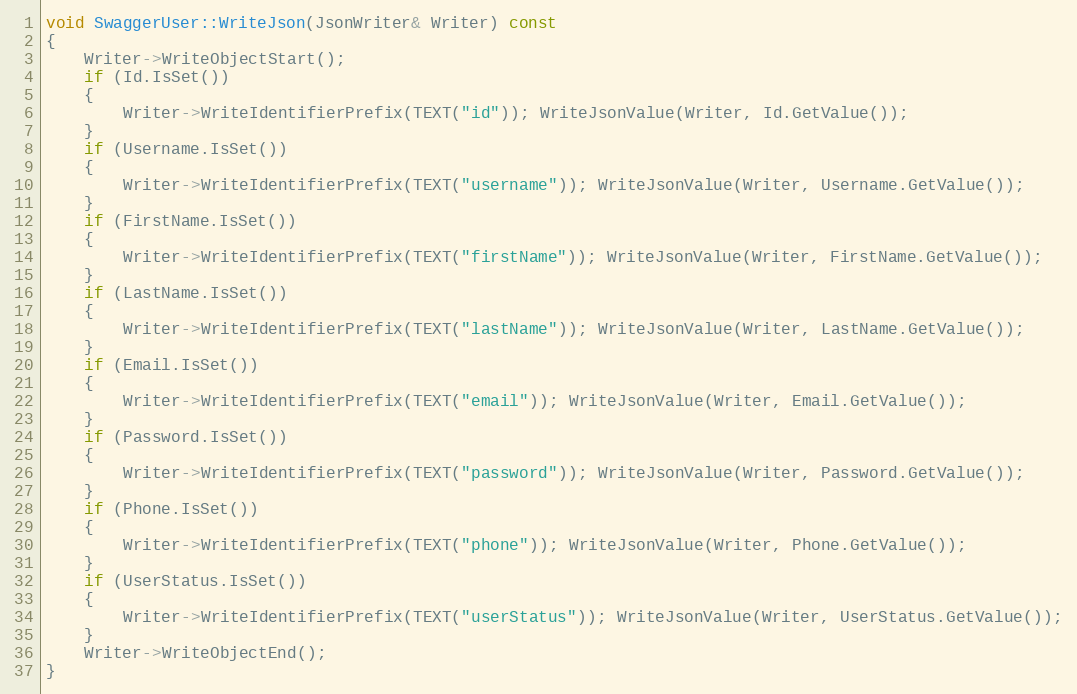
Language: C++
void SwaggerUser::WriteJson(JsonWriter& Writer) const
{
	Writer->WriteObjectStart();
	if (Id.IsSet())
	{
		Writer->WriteIdentifierPrefix(TEXT("id")); WriteJsonValue(Writer, Id.GetValue());
	}
	if (Username.IsSet())
	{
		Writer->WriteIdentifierPrefix(TEXT("username")); WriteJsonValue(Writer, Username.GetValue());
	}
	if (FirstName.IsSet())
	{
		Writer->WriteIdentifierPrefix(TEXT("firstName")); WriteJsonValue(Writer, FirstName.GetValue());
	}
	if (LastName.IsSet())
	{
		Writer->WriteIdentifierPrefix(TEXT("lastName")); WriteJsonValue(Writer, LastName.GetValue());
	}
	if (Email.IsSet())
	{
		Writer->WriteIdentifierPrefix(TEXT("email")); WriteJsonValue(Writer, Email.GetValue());
	}
	if (Password.IsSet())
	{
		Writer->WriteIdentifierPrefix(TEXT("password")); WriteJsonValue(Writer, Password.GetValue());
	}
	if (Phone.IsSet())
	{
		Writer->WriteIdentifierPrefix(TEXT("phone")); WriteJsonValue(Writer, Phone.GetValue());
	}
	if (UserStatus.IsSet())
	{
		Writer->WriteIdentifierPrefix(TEXT("userStatus")); WriteJsonValue(Writer, UserStatus.GetValue());
	}
	Writer->WriteObjectEnd();
}